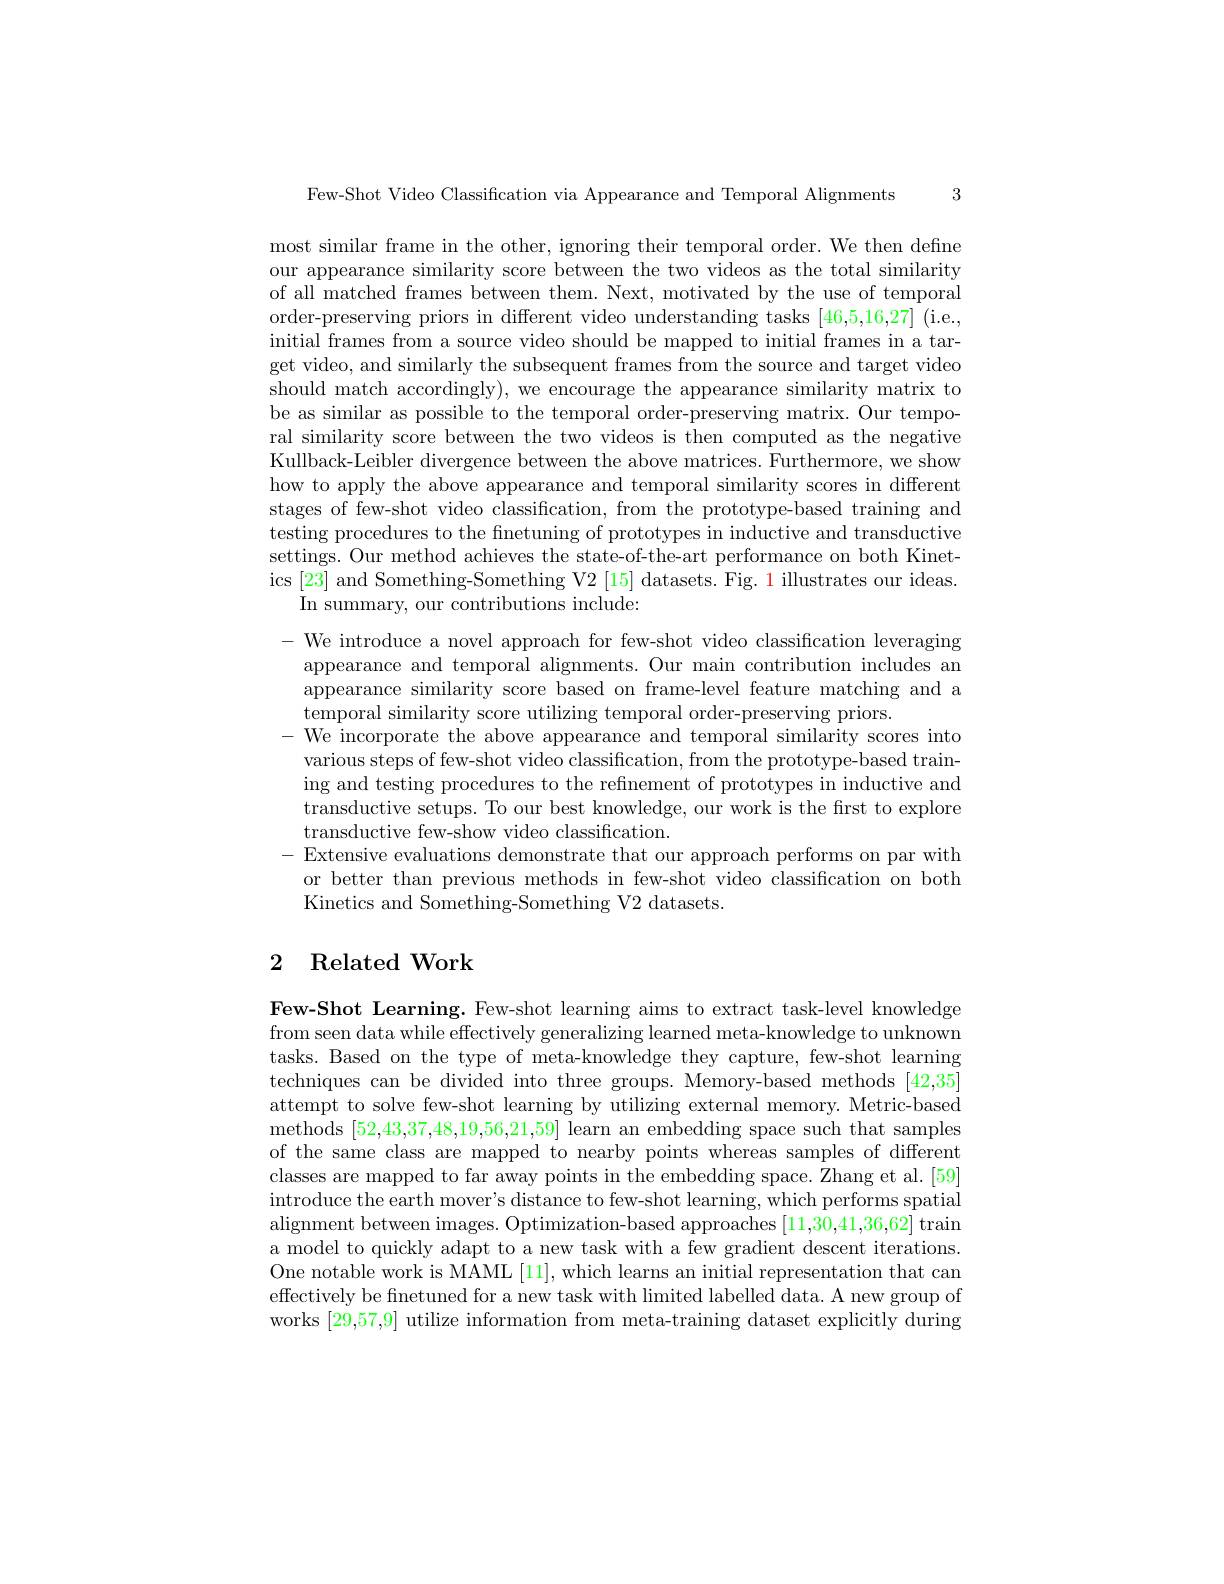
3

Few-Shot Video Classification via Appearance and Temporal Alignments

most similar frame in the other, ignoring their temporal order. We then define our appearance similarity score between the two videos as the total similarity of all matched frames between them. Next, motivated by the use of temporal order-preserving priors in different video understanding tasks [46,5,16,27] (i.e., initial frames from a source video should be mapped to initial frames in a target video, and similarly the subsequent frames from the source and target video should match accordingly), we encourage the appearance similarity matrix to be as similar as possible to the temporal order-preserving matrix. Our temporal similarity score between the two videos is then computed as the negative Kullback-Leibler divergence between the above matrices. Furthermore, we show how to apply the above appearance and temporal similarity scores in different stages of few-shot video classification, from the prototype-based training and testing procedures to the finetuning of prototypes in inductive and transductive settings. Our method achieves the state-of-the-art performance on both Kinetics [23] and Something-Something V2 [15] datasets. Fig. 1 illustrates our ideas.
In summary, our contributions include:
- We introduce a novel approach for few-shot video classification leveraging appearance and temporal alignments. Our main contribution includes an appearance similarity score based on frame-level feature matching and a temporal similarity score utilizing temporal order-preserving priors.
- We incorporate the above appearance and temporal similarity scores into various steps of few-shot video classification, from the prototype-based training and testing procedures to the refinement of prototypes in inductive and transductive setups. To our best knowledge, our work is the first to explore transductive few-show video classification.
-Extensive evaluations demonstrate that our approach performs on par with
or better than previous methods in few-shot video classification on both
Kinetics and Something-Something V2 datasets.

# 2 Related Work

Few-Shot Learning. Few-shot learning aims to extract task-level knowledge from seen data while effectively generalizing learned meta-knowledge to unknown tasks. Based on the type of meta-knowledge they capture, few-shot learning techniques can be divided into three groups. Memory-based methods [42,35] attempt to solve few-shot learning by utilizing external memory. Metric-based methods [52,43,37,48,19,56,21,59] learn an embedding space such that samples of the same class are mapped to nearby points whereas samples of different classes are mapped to far away points in the embedding space. Zhang et al. [59] introduce the earth mover's distance to few-shot learning, which performs spatial alignment between images. Optimization-based approaches [11,30,41,36,62] train a model to quickly adapt to a new task with a few gradient descent iterations One notable work is MAML [11], which learns an initial representation that can effectively be finetuned for a new task with limited labelled data. A new group of works [29,57,9] utilize information from meta-training dataset explicitly during